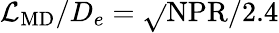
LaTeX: \mathcal{L}_{\mathrm{{MD}}}/D_{e}=\sqrt{}{{\mathrm{{NPR}}/2.4}}